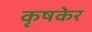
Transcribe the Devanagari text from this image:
कृषकेर